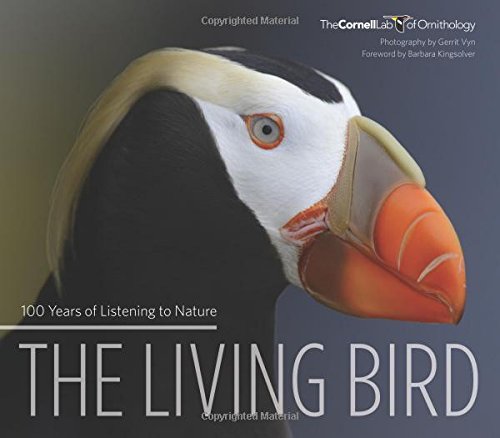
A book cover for The Living Bird: 100 Years of Listening to Nature; Gerrit Vyn; Arts & Photography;